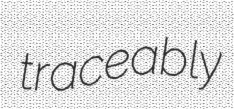
traceably